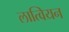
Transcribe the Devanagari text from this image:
लात्वियन